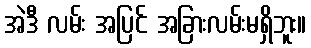
အဲဒီ လမ်း အပြင် အခြားလမ်းမရှိဘူး။